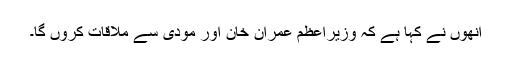
انھوں نے کہا ہے کہ وزیراعظم عمران خان اور مودی سے ملاقات کروں گا۔